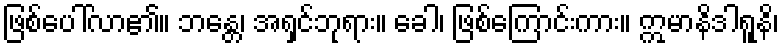
ဖြစ်ပေါ်လာ၏။ ဘန္တေ၊ အရှင်ဘုရား။ ခေါ၊ ဖြစ်ကြောင်းကား။ ဣမာနိဒါရူနိ၊